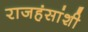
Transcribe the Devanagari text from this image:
राजहंसांशी